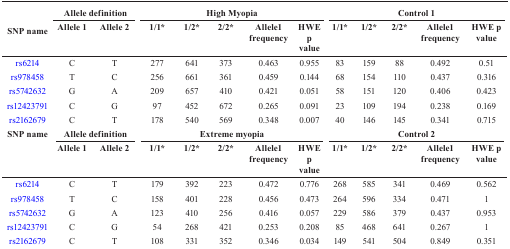
<table><thead><tr><td rowspan="2"><b>SNP name</b></td><td colspan="2"><b>Allele definition</b></td><td colspan="5"><b>High Myopia</b></td><td colspan="5"><b>Control 1</b></td></tr><tr><td><b>Allele 1</b></td><td><b>Allele 2</b></td><td><b>1/1*</b></td><td><b>1/2*</b></td><td><b>2/2*</b></td><td><b>Allele1 frequency</b></td><td><b>HWE p value</b></td><td><b>1/1*</b></td><td><b>1/2*</b></td><td><b>2/2*</b></td><td><b>Allele1 frequency</b></td><td><b>HWE p value</b></td></tr></thead><tbody><tr><td>rs6214</td><td>C</td><td>T</td><td>277</td><td>641</td><td>373</td><td>0.463</td><td>0.955</td><td>83</td><td>159</td><td>88</td><td>0.492</td><td>0.51</td></tr><tr><td>rs978458</td><td>T</td><td>C</td><td>256</td><td>661</td><td>361</td><td>0.459</td><td>0.144</td><td>68</td><td>154</td><td>110</td><td>0.437</td><td>0.316</td></tr><tr><td>rs5742632</td><td>G</td><td>A</td><td>209</td><td>657</td><td>410</td><td>0.421</td><td>0.051</td><td>58</td><td>151</td><td>120</td><td>0.406</td><td>0.423</td></tr><tr><td>rs12423791</td><td>C</td><td>G</td><td>97</td><td>452</td><td>672</td><td>0.265</td><td>0.091</td><td>23</td><td>109</td><td>194</td><td>0.238</td><td>0.169</td></tr><tr><td>rs2162679</td><td>C</td><td>T</td><td>178</td><td>540</td><td>569</td><td>0.348</td><td>0.007</td><td>40</td><td>146</td><td>145</td><td>0.341</td><td>0.715</td></tr><tr><td rowspan="2"><b>SNP name</b></td><td colspan="2"><b>Allele definition</b></td><td colspan="5"><b>Extreme myopia</b></td><td colspan="5"><b>Control 2</b></td></tr><tr><td><b>Allele 1</b></td><td><b>Allele 2</b></td><td><b>1/1*</b></td><td><b>1/2*</b></td><td><b>2/2*</b></td><td><b>Allele1 frequency</b></td><td><b>HWE p value</b></td><td><b>1/1*</b></td><td><b>1/2*</b></td><td><b>2/2*</b></td><td><b>Allele1 frequency</b></td><td><b>HWE p value</b></td></tr><tr><td>rs6214</td><td>C</td><td>T</td><td>179</td><td>392</td><td>223</td><td>0.472</td><td>0.776</td><td>268</td><td>585</td><td>341</td><td>0.469</td><td>0.562</td></tr><tr><td>rs978458</td><td>T</td><td>C</td><td>158</td><td>401</td><td>228</td><td>0.456</td><td>0.473</td><td>264</td><td>596</td><td>334</td><td>0.471</td><td>1</td></tr><tr><td>rs5742632</td><td>G</td><td>A</td><td>123</td><td>410</td><td>256</td><td>0.416</td><td>0.057</td><td>229</td><td>586</td><td>379</td><td>0.437</td><td>0.953</td></tr><tr><td>rs12423791</td><td>C</td><td>G</td><td>54</td><td>268</td><td>421</td><td>0.253</td><td>0.208</td><td>85</td><td>468</td><td>641</td><td>0.267</td><td>1</td></tr><tr><td>rs2162679</td><td>C</td><td>T</td><td>108</td><td>331</td><td>352</td><td>0.346</td><td>0.034</td><td>149</td><td>541</td><td>504</td><td>0.849</td><td>0.351</td></tr></tbody></table>